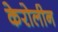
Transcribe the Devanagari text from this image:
केरोलीन